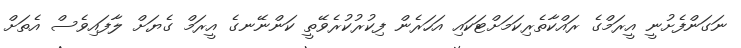
ނަގަންފެށުނީ އީރަމްގެ ރައްކާތެރިކަމަށްޓަކައި އަހަރެން ފިކުރުކުރެވޭތީ ކަންނޭނގެ އީރަމް ގެޔަށް ލާފައިވެސް އެތަށް